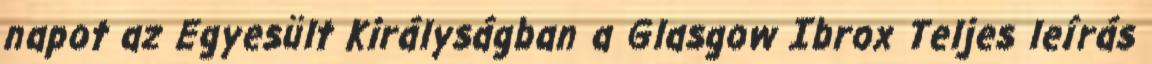
napot az Egyesült Királyságban a Glasgow Ibrox Teljes leírás